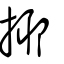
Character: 擨